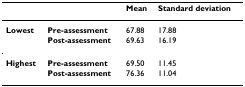
|  |  | Mean | Standard deviation |
 | --- | --- | --- | --- |
 | Lowest | Pre-assessment | 67.88 | 17.88 |
 |  | Post-assessment | 69.63 | 16.19 |
 | Highest | Pre-assessment | 69.50 | 11.45 |
 |  | Post-assessment | 76.36 | 11.04 |